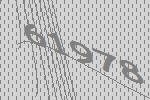
61978